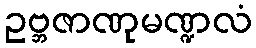
ဥဗ္ဘဇာဏုမဏ္ဍလံ